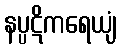
နပ္ပဋိကရေယျံ